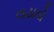
લડાવો